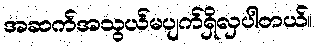
အဆက်အသွယ်မပျက်ရှိလှပါတယ်။